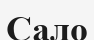
Сало